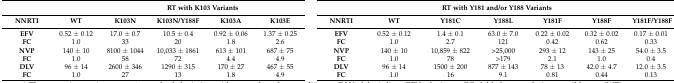
<table><thead><tr><td></td><td></td><td colspan="4"><b>RT with K103 Variants</b></td><td></td><td colspan="7"><b> RT with Y181 and/or Y188 Variants</b></td></tr><tr><td><b>NNRTI</b></td><td><b>WT</b></td><td><b>K103N</b></td><td><b>K103N/Y188F</b></td><td><b>K103A</b></td><td><b>K103E</b></td><td></td><td><b>NNRTI</b></td><td><b>WT</b></td><td><b>Y181C</b></td><td><b>Y188L</b></td><td><b>Y181F</b></td><td><b>Y188F</b></td><td><b>Y181F/Y188F</b></td></tr></thead><tbody><tr><td><b>EFV</b></td><td>0.52 ± 0.12</td><td>17.0 ± 0.7</td><td>10.5 ± 0.4</td><td>0.92 ± 0.06</td><td>1.37 ± 0.25</td><td></td><td><b>EFV</b></td><td>0.52 ± 0.12</td><td> 1.4 ± 0.1</td><td>63.0 ± 7.0</td><td>0.22 ± 0.02</td><td>0.32 ± 0.02</td><td>0.17 ± 0.01</td></tr><tr><td><b>FC</b></td><td>1.0</td><td>33</td><td>20</td><td>1.8</td><td>2.6</td><td></td><td><b>FC</b></td><td>1.0</td><td>2.7</td><td>121</td><td>0.42</td><td>0.62</td><td>0.33</td></tr><tr><td><b>NVP</b></td><td>140 ± 10</td><td>8100 ± 1044</td><td>10,033 ± 1861</td><td>613 ± 101</td><td>687 ± 75</td><td></td><td><b>NVP</b></td><td>140 ± 10</td><td>10,859 ± 822</td><td>&gt;25,000</td><td>293 ± 12</td><td>143 ± 25</td><td>54.0 ± 3.5</td></tr><tr><td><b>FC</b></td><td>1.0</td><td>58</td><td>72</td><td>4.4</td><td>4.9</td><td></td><td><b>FC</b></td><td>1.0</td><td>78</td><td>&gt;179</td><td>2.1</td><td>1.0</td><td>0.4</td></tr><tr><td><b>DLV</b></td><td>96 ± 14</td><td>2600 ± 346</td><td>1290 ± 315</td><td>170 ± 27</td><td>467 ± 55</td><td></td><td><b>DLV</b></td><td>96 ± 14</td><td>1500 ± 200</td><td>877 ± 143</td><td>78 ± 13</td><td>42.0 ± 4.7</td><td>12.0 ± 3.5</td></tr><tr><td><b>FC</b></td><td>1.0</td><td>27</td><td>13</td><td>1.8</td><td>4.9</td><td></td><td><b>FC</b></td><td>1.0</td><td>16</td><td>9.1</td><td>0.81</td><td>0.44</td><td>0.13</td></tr></tbody></table>